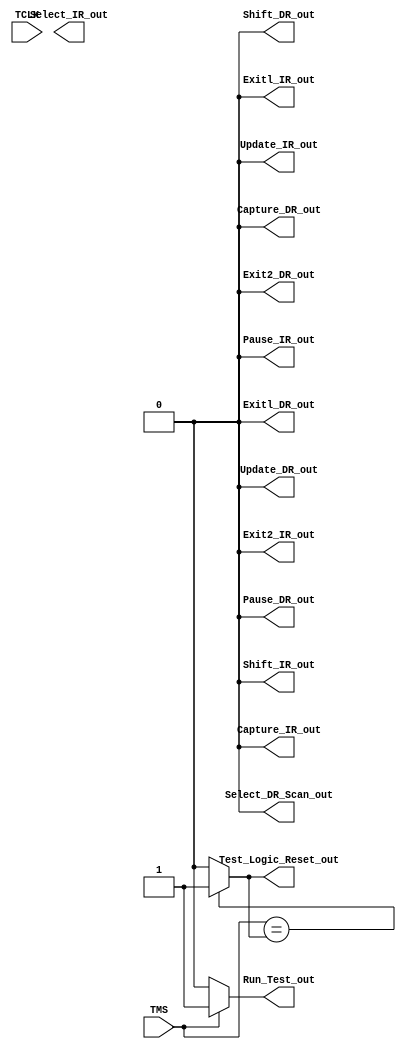
module TAP_FSM(
  input TMS,TCLK,
  output Test_Logic_Reset_out,
  Run_Test_out,
   Select_DR_Scan_out,
   Capture_DR_out,
   Shift_DR_out,
   Exitl_DR_out,
   Pause_DR_out,
   Exit2_DR_out,
   Update_DR_out,
   Select_IR_out,
   Capture_IR_out,
   Shift_IR_out,
   Exitl_IR_out,
   Pause_IR_out,
   Exit2_IR_out,
   Update_IR_out);
  reg[3:0] tap_state,next_state;
  
localparam Test_Logic_Reset=4'b0000;
localparam Run_Test=4'b0001;
localparam Select_DR_Scan=4'b0010;
localparam Capture_DR=4'b0011;
localparam Shift_DR=4'b0100;
localparam Exitl_DR=4'b0101;
localparam Pause_DR=4'b0110;
localparam Exit2_DR=4'b0111;
localparam Update_DR=4'b1000;
localparam Select_IR_Scan=4'b1001;
localparam Capture_IR=4'b1010;
localparam Shift_IR=4'b1011;
localparam Exitl_IR=4'b1100;
localparam Pause_IR=4'b1101;
localparam Exit2_IR=4'b1110;
localparam Update_IR=4'b1111;
  always @(tap_state,TMS)
    begin
      case(tap_state)//state assginment
      
      Test_Logic_Reset:begin
        if(TMS==1)
          next_state=Test_Logic_Reset;
        else
          next_state=Select_IR_Scan;
      end


       Run_Test:begin
        if(TMS==1)
          next_state=Select_DR_Scan;
        else
          next_state=Run_Test;
      end


       Select_DR_Scan:begin
        if(TMS==1)
          next_state=Select_IR_Scan;
        else
          next_state=Capture_DR;
      end


      Capture_DR:begin
        if(TMS==1)
          next_state=Exitl_DR;
        else
          next_state=Shift_DR;
      end


      Shift_DR:begin
        if(TMS==1)
          next_state=Exitl_DR;
        else
          next_state=Shift_DR;
      end


      Exitl_DR:begin
        if(TMS==1)
          next_state=Update_DR;
        else
          next_state=Pause_DR;
      end


      Pause_DR:begin
        if(TMS==1)
          next_state=Exit2_DR;
        else
          next_state=Pause_DR;
      end


      Exit2_DR:begin
        if(TMS==1)
          next_state=Update_DR;
        else
          next_state=Shift_DR;
      end


      Update_DR:begin
        if(TMS==1)
          next_state=Select_DR_Scan;
        else
          next_state=Run_Test;
      end


      Select_IR_Scan:begin
        if(TMS==1)
          next_state=Test_Logic_Reset;
        else
          next_state=Capture_IR;
      end

      Capture_IR:begin
        if(TMS==1)
          next_state=Exitl_IR;
        else
          next_state=Shift_IR;
      end


        Shift_IR:begin
        if(TMS==1)
          next_state=Exitl_IR;
        else
          next_state=Shift_IR;
      end


       Exitl_IR:begin
        if(TMS==1)
          next_state=Update_IR;
        else
          next_state= Pause_IR;
      end


        Pause_IR:begin
        if(TMS==1)
          next_state=Exit2_IR;
        else
          next_state=Pause_IR;
      end

      
       Exit2_IR:begin
        if(TMS==1)
          next_state=Update_IR;
        else
          next_state=Shift_IR;
      end


        Update_IR:begin
        if(TMS==1)
          next_state=Run_Test;
        else
          next_state=Run_Test;
      end
        endcase
      end

        assign Test_Logic_Reset_out=(TMS==Test_Logic_Reset_out)? 1'b1:1'b0;
        assign Run_Test_out=(TMS==Run_Test)? 1'b1:1'b0;
        assign Select_DR_Scan_out=(TMS==Select_DR_Scan)? 1'b1:1'b0;
        assign Capture_DR_out=(TMS==Capture_DR)? 1'b1:1'b0;
        assign Shift_DR_out=(TMS==Shift_DR)? 1'b1:1'b0;
        assign Exitl_DR_out=(TMS== Exitl_DR)? 1'b1:1'b0;
        assign Pause_DR_out=(TMS==Pause_DR)? 1'b1:1'b0;
        assign Exit2_DR_out=(TMS==Exit2_DR)? 1'b1:1'b0;
        assign Update_DR_out=(TMS==Update_DR)? 1'b1:1'b0;
        assign Select_IR_Scan_out=(TMS==Select_IR_Scan)? 1'b1:1'b0;
        assign  Capture_IR_out=(TMS== Capture_IR)? 1'b1:1'b0;
        assign Shift_IR_out=(TMS==Shift_IR)? 1'b1:1'b0;
        assign Exitl_IR_out=(TMS==Exitl_IR)? 1'b1:1'b0;
        assign Pause_IR_out=(TMS==Pause_IR)? 1'b1:1'b0;
        assign Exit2_IR_out=(TMS==Exit2_IR)? 1'b1:1'b0;
        assign Update_IR_out=(TMS==Update_IR)? 1'b1:1'b0;
        endmodule